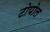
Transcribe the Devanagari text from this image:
टोपोल